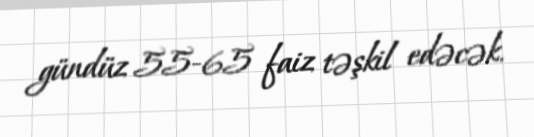
gündüz 55-65 faiz təşkil edəcək.